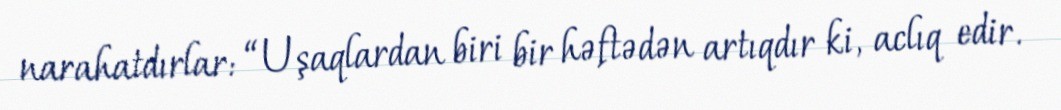
narahatdırlar: “Uşaqlardan biri bir həftədən artıqdır ki, aclıq edir.